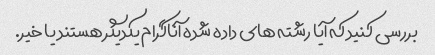
بررسی کنید که آیا رشته های داده شده آناگرام یکدیگر هستند یا خیر.